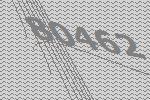
80462